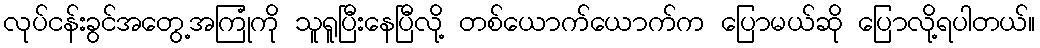
လုပ်ငန်းခွင်အတွေ့အကြုံကို သူရူပြီးနေပြီလို့ တစ်ယောက်ယောက်က ပြောမယ်ဆို ပြောလို့ရပါတယ်။